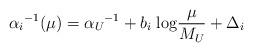
LaTeX: \begin{align*}{\alpha_i}^{-1}(\mu ) = {\alpha_U}^{-1} + b_i \; {\rm log} {\mu \over M_U}+ \Delta_i\end{align*}